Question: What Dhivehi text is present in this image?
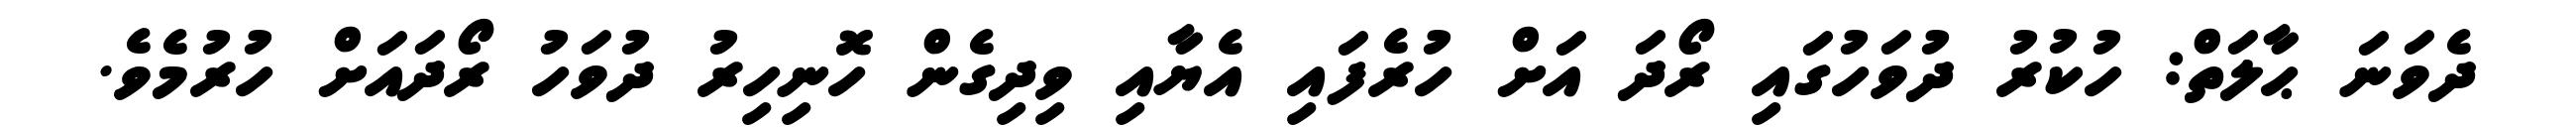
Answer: ދެވަނަ ޙާލަތް: ހުކުރު ދުވަހުގައި ރޯދަ އަށް ހުރެފައި އެޔާއި ވިދިގެން ހޮނިހިރު ދުވަހު ރޯދައަށް ހުރުމެވެ.